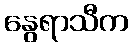
နွေရာသီက